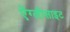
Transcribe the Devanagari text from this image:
ऐंग्लीसाइट